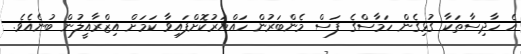
އެ ހާދިސާތަކާ ގުޅިގެން ހަމާސްގެ ފަސް މެންބަރުން ހައްޔަރުކޮށްފައިވާ ކަމަށް އިޒްރާއީލުން ބުނެއެވެ.